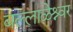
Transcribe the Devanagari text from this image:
बल्लाळेश्र्वर